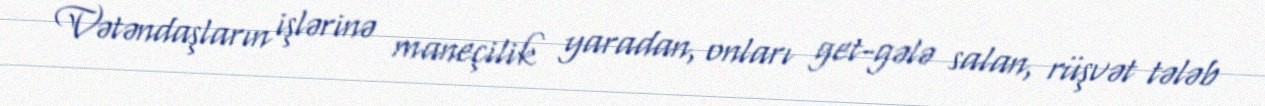
Vətəndaşların işlərinə maneçilik yaradan, onları get-gələ salan, rüşvət tələb